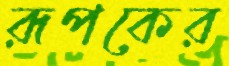
রূপকের